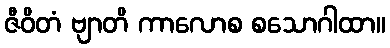
ဇီဝိတံ ဗျာတိ ကာလောစ စသောဂါထာ။